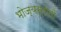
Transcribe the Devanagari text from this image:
भोज्यस्रोतों